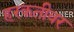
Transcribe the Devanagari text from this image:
हरकतीवर